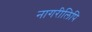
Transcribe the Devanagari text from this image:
नागरीलिपि